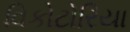
વિકોટોરિયા